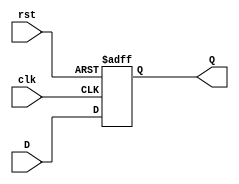
module stage_register #(
    parameter DATA_WIDTH = 8  // Parameter for the width of the data
)(
    input wire clk,            // Clock input
    input wire rst,            // Reset input
    input wire [DATA_WIDTH-1:0] D, // Data input
    output reg [DATA_WIDTH-1:0] Q  // Data output
);

// Synchronous Reset (optional: can be changed to asynchronous)
always @(posedge clk or posedge rst) begin
    if (rst) begin
        Q <= {DATA_WIDTH{1'b0}};  // Reset Q to 0
    end else begin
        Q <= D;                   // Capture D on the rising edge of clk
    end
end

endmodule